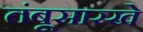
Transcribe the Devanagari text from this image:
तंबूसारखे